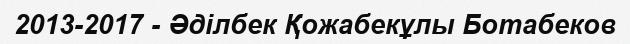
2013-2017 - Әділбек Қожабекұлы Ботабеков